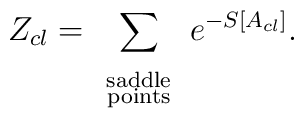
Z_{cl} = \sum_{\begin{array}{c}\mbox{\scriptsize saddle}\\[-3mm]\mbox{\scriptsize points} \end{array}} e^{- S [A_{cl}]}.